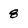
Character: 8